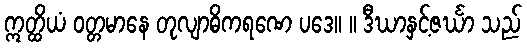
ဣတ္ထိယံ ဝတ္တမာနေ တုလျာဓိကရဏေ ပဒေ။ ။ ဒီဃာနှင့်ဇင်္ဃာ သည်